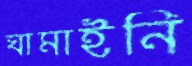
ঘামাইনি